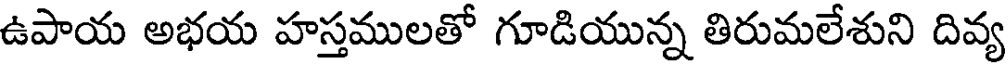
ఉపాయ అభయ హస్తములతో గూడియున్న తిరుమలేశుని దివ్య